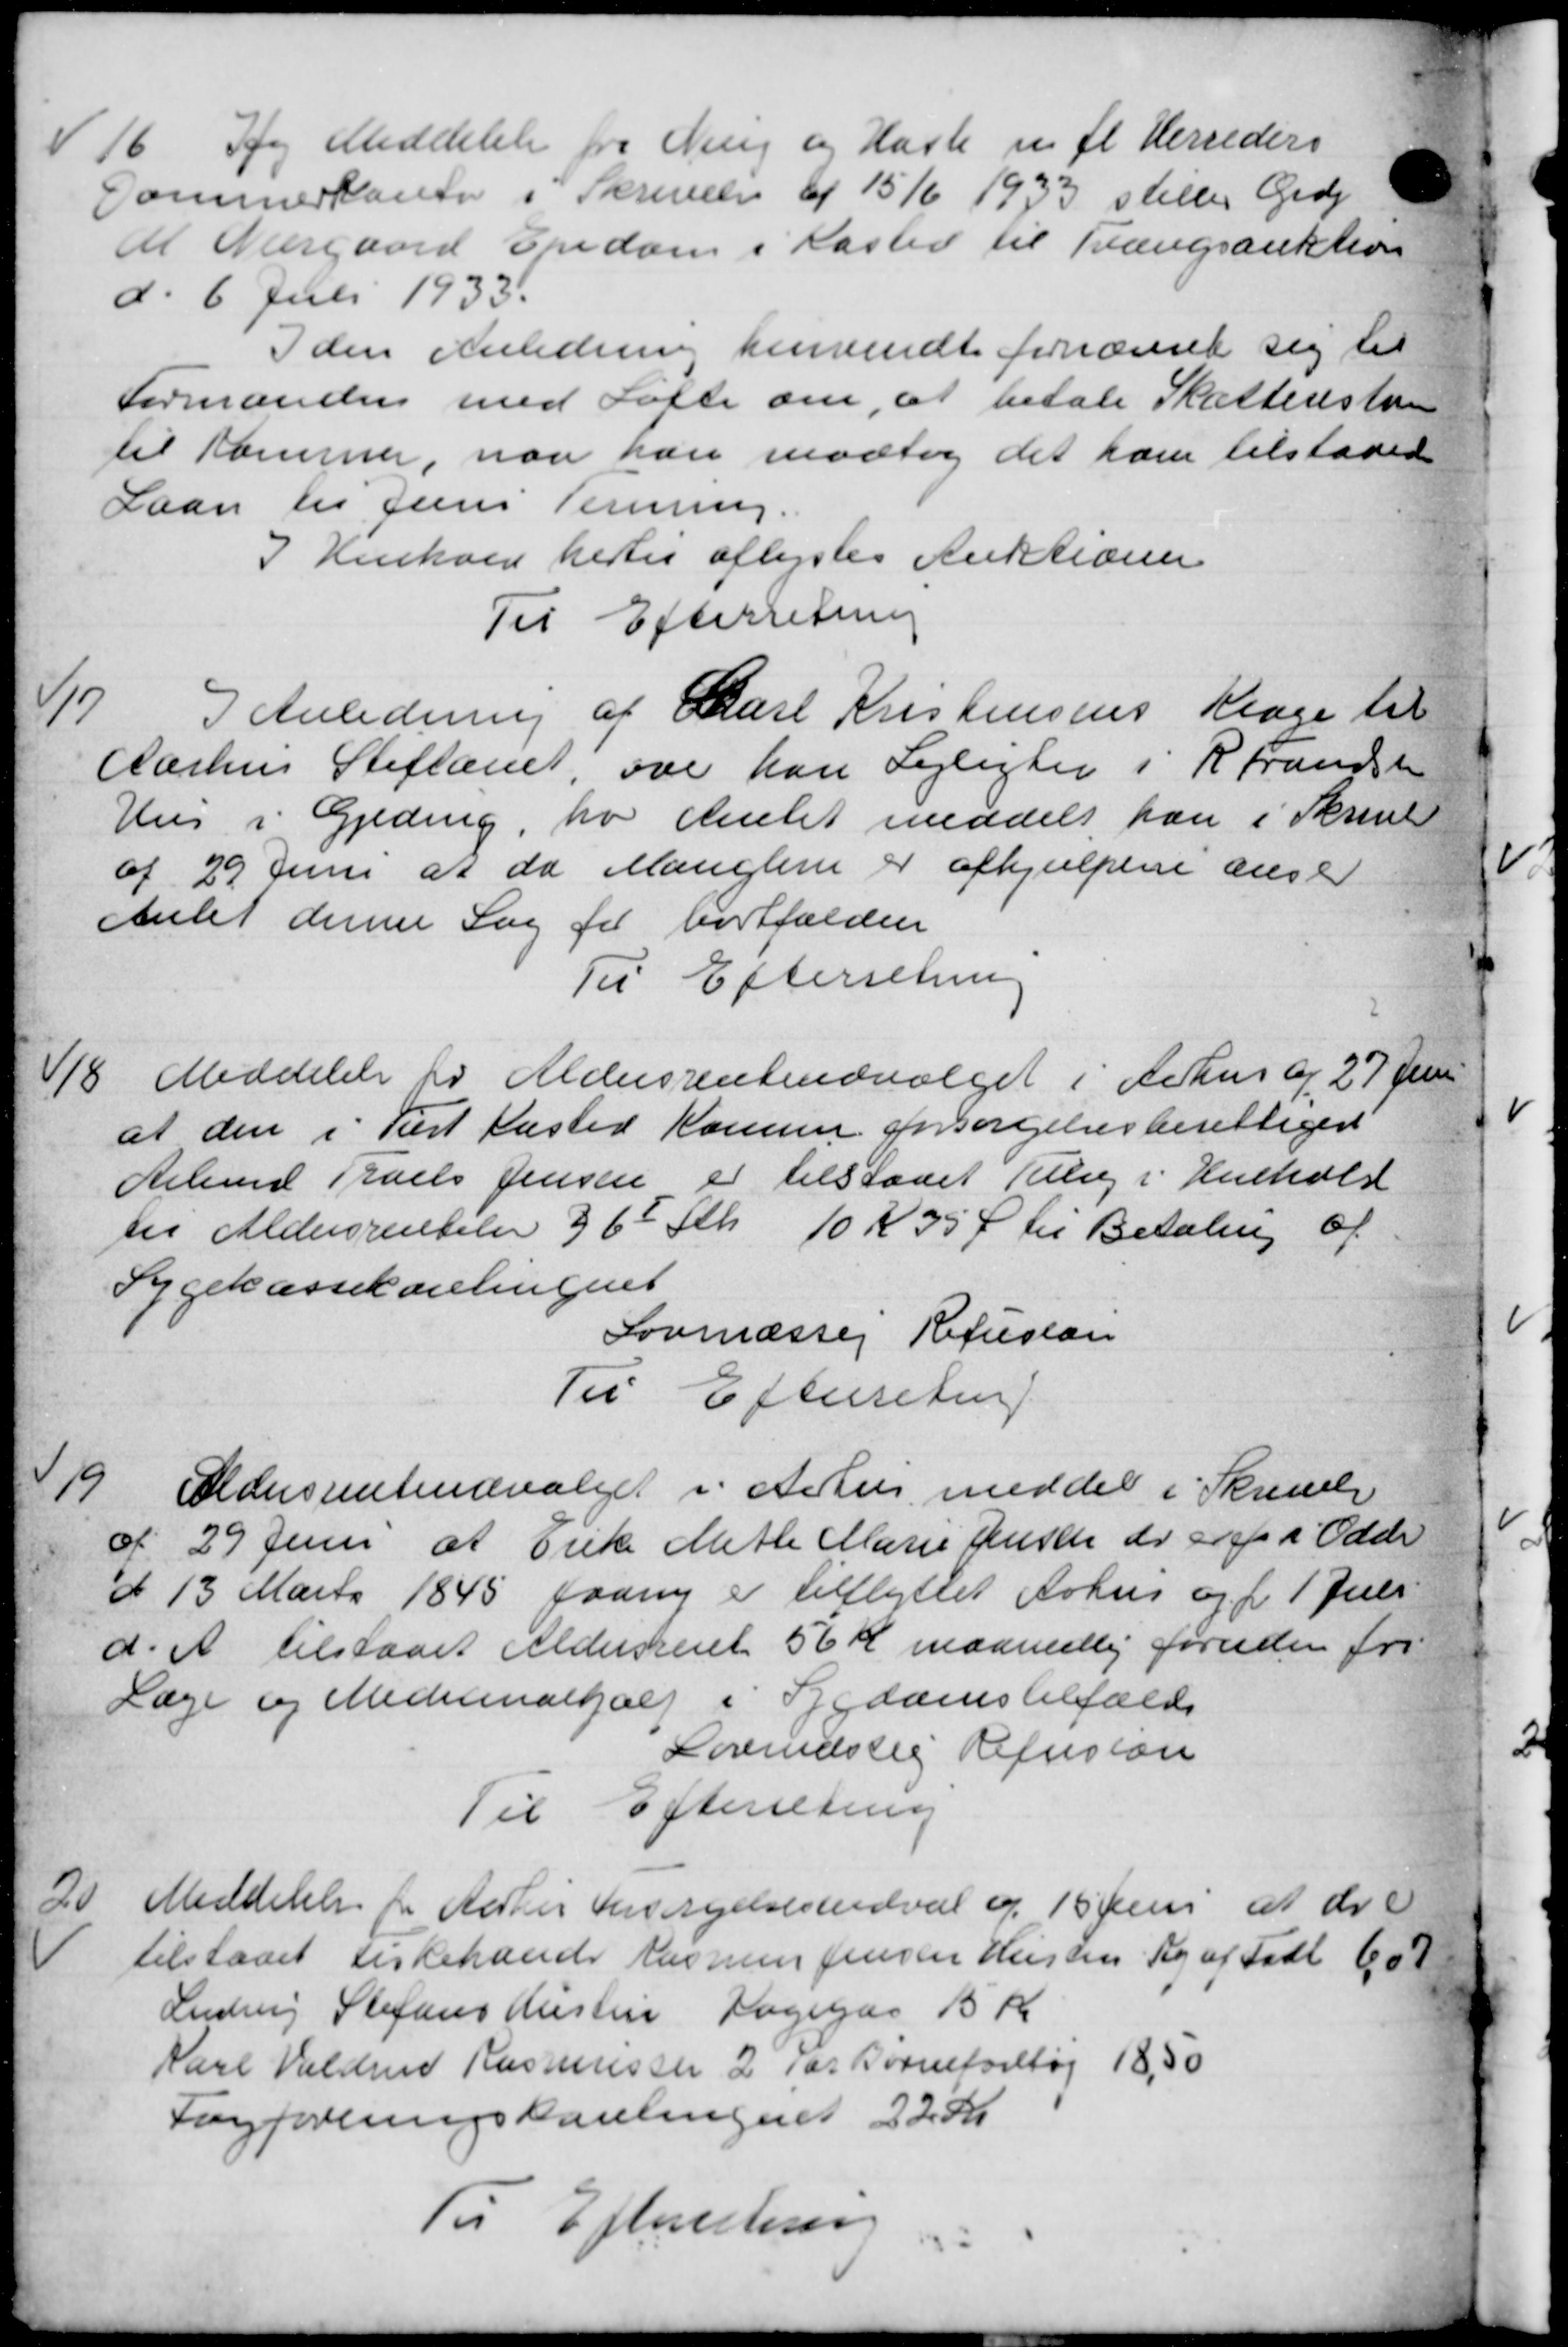
Transskription:
16
og Meddelelse fra Ning og Hasle m. fl. Herreders
Sommerkanter i Skrivelse af 15/6 1933 stiller Grdj
At Nærgaard Ejndom i Kasted til Trængsauktion
d. 6 Juli 1933.
I den Anledning henvendt fornævnet sig til
Formanden med Lotte om, at betale Skatteresten
til Kommer, naa han modtog det ham tilstaaed
Laan til Jens Terening.
I Henhold hertil aflystes Auktioner
Til Efterretning
17
I Anledning af Carl Kristensens Klage til
Aarhus Stiftamt, over han Lejlighed i R. Frandsen
Hus i Gjeding, hos Amtet meddelt han i Skrivel
af 29 Juni at da Manglerne er afhjulpene anse
Amtet denne Sag for bortfalden
Til Efterretning
18
Meddelelse til Aldersrenteudvalget i Århus og 27 Jun
at den i Tist Kasted Komune forsørgelsesberettiget
Arbmd Niels Jensen er tilstaaet Tillæg i Henhold
til Aldersrentelse 36 Stk 10 Kr 35 Ø til Betaling af
Sygekassekamlingent
Lovmæsse Refusion
Til Efterretning.
19
Aldersrenteudvalget i Århus meddel i Skrivelse
af 29 Juni at Enke Mette Marie Jensen er er i Odde
d 13 Marts 1845 paany er tilflyttet Århus og f. 1 Juli
d. A. tilstaaet Aldersrente 56 Kr maanedlig foruden fra
Læge og Medicinalhjælp i Sygdomstilfæld
Lovindssig Refusion
Til Efterretning
20
Meddelelse for Aarhus Forsørgelsesudval af 15 Juni at de
tilstaaet Kirkehander Rasmus Jensen Hustru Sig af Født 607
Ludvig Stefans Hustru Fagegaa 15 Kr
Karl Valde Rasmussen 2 for Børneforetøj 18,50
Fagforeningshanlingeret 22 Kr.
Til Efterretning

1